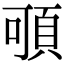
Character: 𩑸